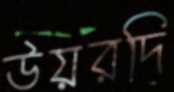
উয়রদি